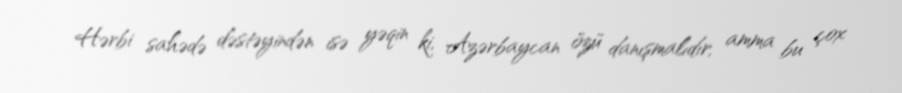
Hərbi sahədə dəstəyindən isə yəqin ki, Azərbaycan özü danışmalıdır, amma bu çox